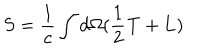
LaTeX: S = \frac { 1 } { c } \int d \Omega ( \frac { 1 } { 2 } { \bf T } + { \bf L } )